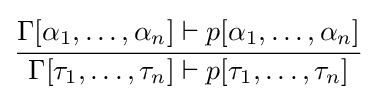
{\cfrac {\Gamma [\alpha _{1},\ldots ,\alpha _{n}]\vdash p[\alpha _{1},\ldots ,\alpha _{n}]}{\Gamma [\tau _{1},\ldots ,\tau _{n}]\vdash p[\tau _{1},\ldots ,\tau _{n}]}}